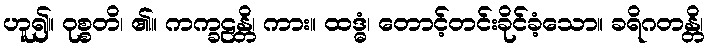
ဟူ၍။ ဝုစ္စတိ၊ ၏။ ကက္ခဠန္တိ၊ ကား။ ထဒ္ဓံ၊ တောင့်တင်းခိုင်ခံ့သော။ ခရိဂတန္တိ၊